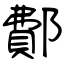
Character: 鄪